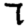
Digit: 7